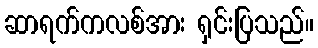
ဆာရက်ကလစ်အား ရှင်းပြသည်။